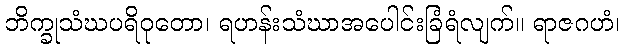
ဘိက္ခုသံဃပရိဝုတော၊ ရဟန်းသံဃာအပေါင်းခြံရံလျက်။ ရာဇဂဟံ၊